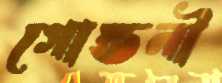
গোস্তনী